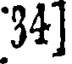
34]